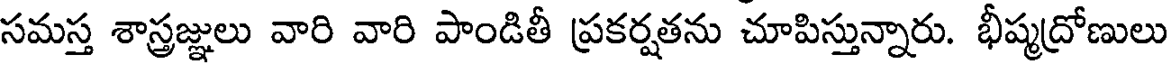
సమస్త శాస్త్రజ్ఞులు వారి వారి పాండితీ ప్రకర్షతను చూపిస్తున్నారు. భీష్మద్రోణులు